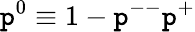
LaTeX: \mathtt{p}^{0}\equiv1-\mathtt{p}^{--}\mathtt{p}^{+}